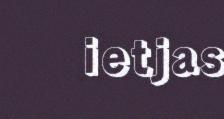
ietjas